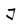
Character: J